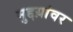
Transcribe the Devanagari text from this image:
मुद्दय़ांवर